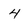
Character: 4